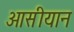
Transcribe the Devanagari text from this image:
आसीयान